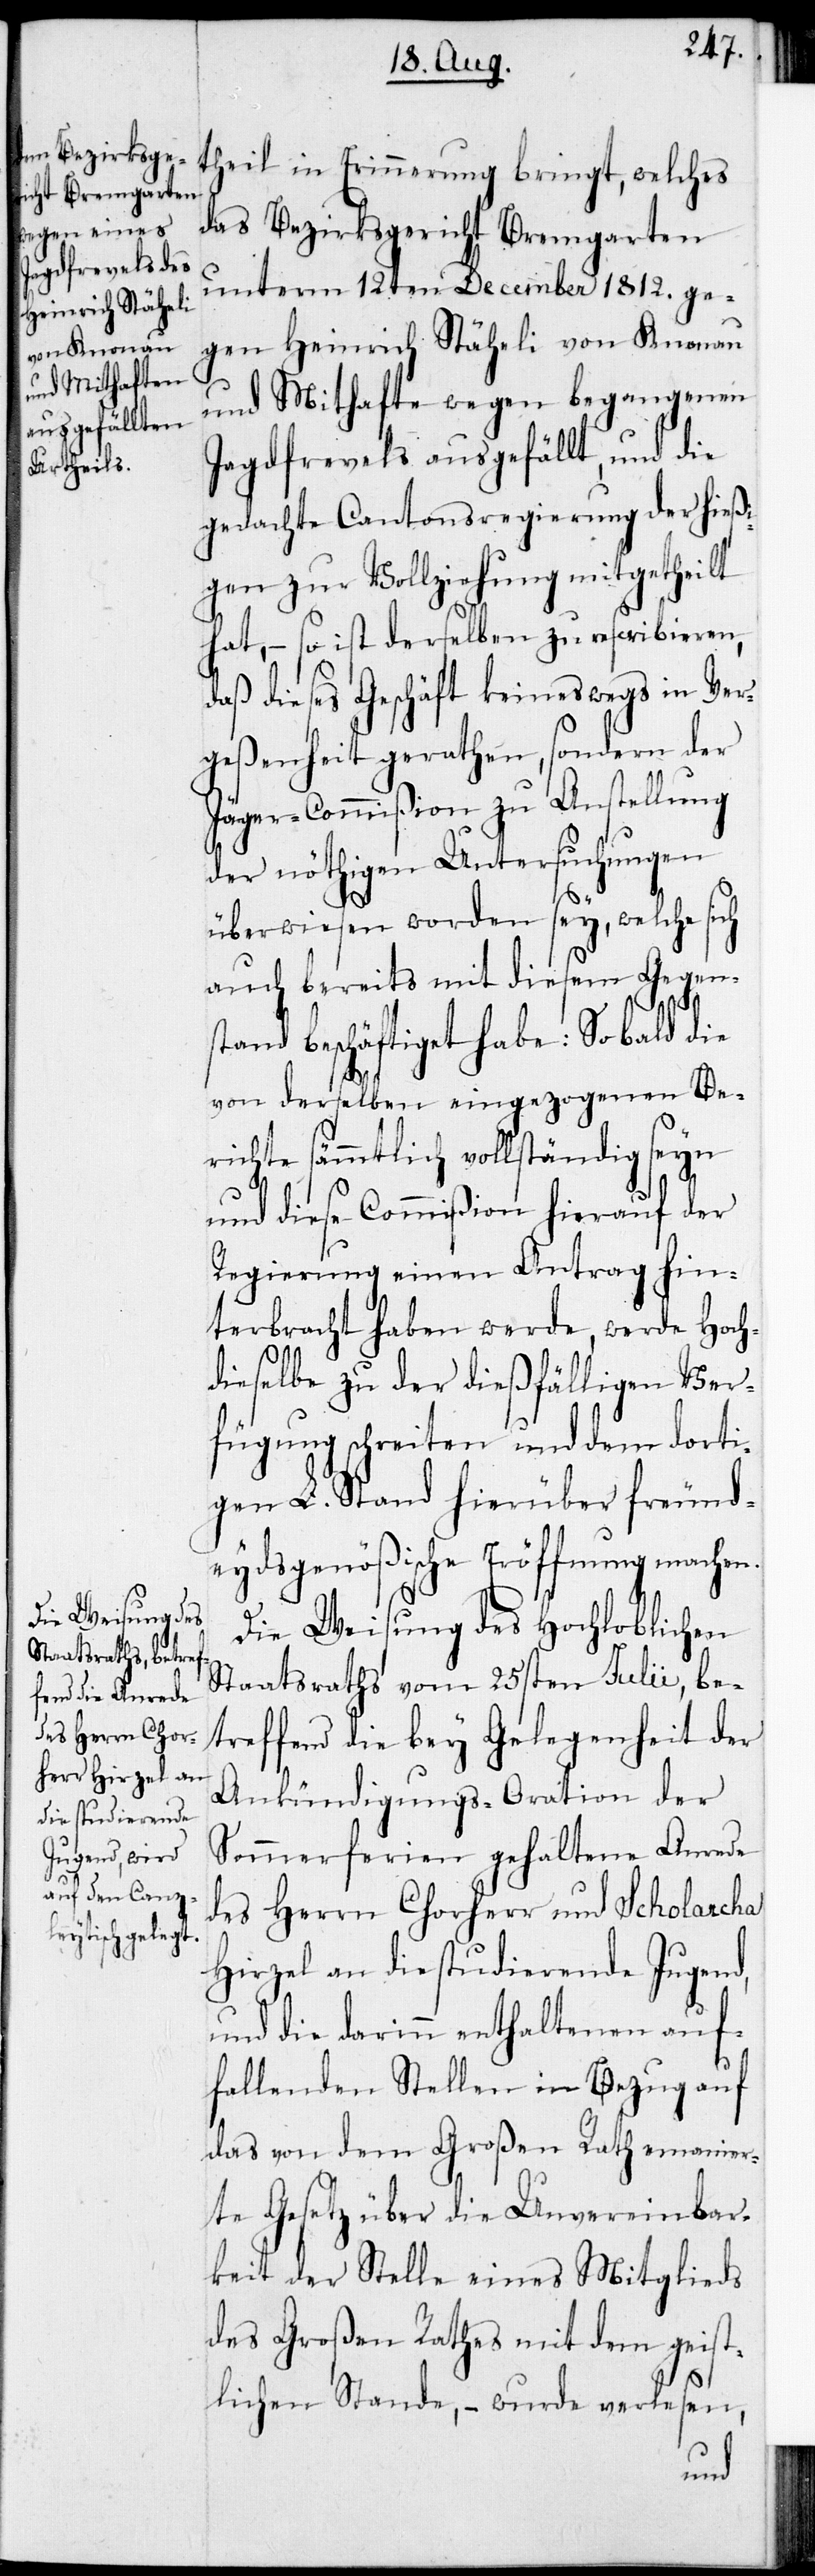
theil in Erinnerung bringt, welches
das Bezirksgericht Bremgarten
unterm 12ten December 1812. ge¬
gen Heinrich Stäheli von Knonau
und Mithaften wegen begangenen
Jagdfrevels ausgefällt, und die
gedachte Cantonsregierung der hießi¬
gen zu Vollziehung mitgetheilt
hat, – so ist derselben zu rescribieren,
daß dieses Geschäft keineswegs in Ver¬
geßenheit gerathen, sondern der
Jäger-Commißion zu Anstellung
der nöthigen Untersuchungen
überwiesen worden sey, welche sich
auch bereits mit diesem Gegen¬
stand beschäftiget habe: Sobald die
von derselben eingezogenen Be¬
richte sämmtlich vollständig seyn
und diese Commißion hierauf der
Regierung einen Antrag hin¬
terbracht haben werde, werde Hoch¬
dieselbe zu der dießfälligen Ver¬
fügung schreiten und dem dorti¬
gen L. Stand hierüber freund¬
eydsgenößische Eröffnung machen.
Die Weisung des Hochloblichen
Staatsraths vom 25sten Julii, be¬
treffend die bey Gelegenheit der
Ankündigungs-Oration der
Sommerferien gehaltene Anrede
des Herrn Chorherr und Scholarcha
Hirzel an die studierende Jugend,
und die darinn enthaltenen auf¬
fallenden Stellen in Bezug auf
das von dem Großen Rath emanier¬
te Gesetz über die Unvereinbar¬
keit der Stelle eines Mitglieds
des Großen Rathes mit dem geist¬
lichen Stande, – wurde verlesen,